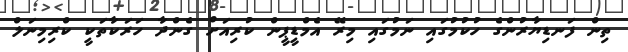
ތިން ފަނޑިޔާރުންގެ ހުކުމުގައި ނަމުގައި މިރޭ އެމްޑީޕީން ކުރިއަށް ގެންދާ ހަރަކާތަކީ ކްރިމިނަލް